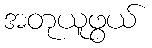
အတုယူဖွယ်